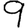
Digit: 9